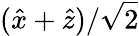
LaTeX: ({\hat{x}}+{\hat{z}})/{\sqrt{2}}